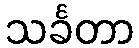
သင်္ခတာ